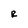
Character: r